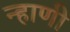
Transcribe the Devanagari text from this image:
न्हाणी